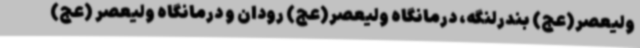
ولیعصر(عج) بندرلنگه، درمانگاه ولیعصر(عج) رودان و درمانگاه ولیعصر (عج)